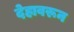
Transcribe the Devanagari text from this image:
देहावरून